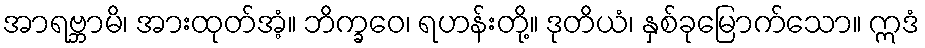
အာရဗ္ဘာမိ၊ အားထုတ်အံ့။ ဘိက္ခဝေ၊ ရဟန်းတို့။ ဒုတိယံ၊ နှစ်ခုမြောက်သော။ ဣဒံ